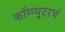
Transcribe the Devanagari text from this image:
कॉम्प्युटरचं